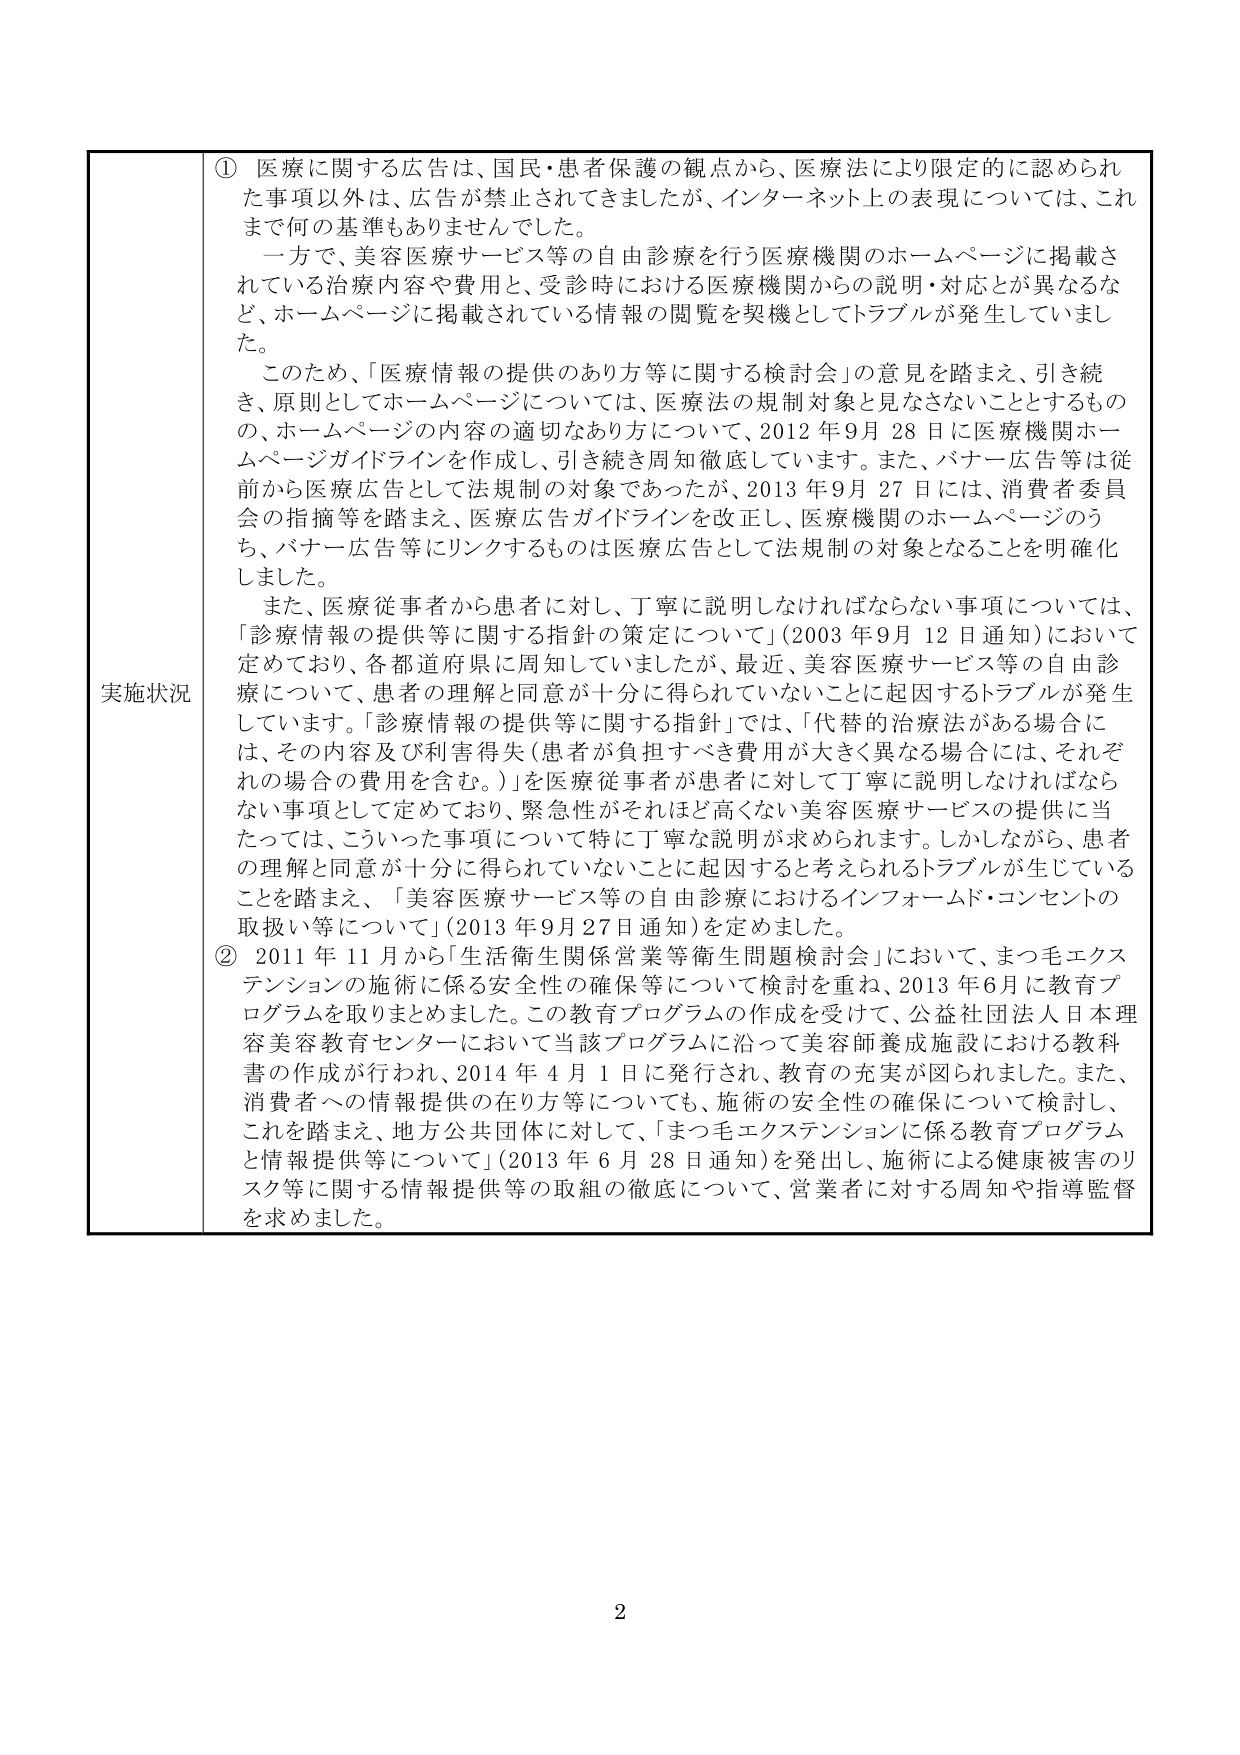
実施状況

① 医療に関する広告は、国民・患者保護の観点から、医療法により限定的に認められた事項以外は、広告が禁止されてきましたが、インターネット上の表現については、これまで何の基準もありませんでした。

一方で、美容医療サービス等の自由診療を行う医療機関のホームページに掲載されている治療内容や費用と、受診時における医療機関からの説明・対応が異なるなど、ホームページに掲載されている情報の閲覧を契機としてトラブルが発生していました。

このため、「医療情報の提供のあり方等に関する検討会」の意見を踏まえ、引き続き、原則としてホームページについては、医療法の規制対象と見なさないこととするものの、ホームページの内容の適切なあり方について、2012年9月28日に医療機関ホームページガイドラインを作成し、引き続き周知徹底しています。また、バナー広告等は従前から医療広告として法規制の対象であったが、2013年9月27日には、消費者委員会の指摘等を踏まえ、医療広告ガイドラインを改正し、医療機関のホームページのうち、バナー広告等にリンクするものは医療広告として法規制の対象となることを明確化しました。

また、医療従事者から患者に対し、丁寧に説明しなければならない事項については、「診療情報の提供等に関する指針の策定について」（2003年9月12日通知）において定めており、各都道府県に周知していましたが、最近、美容医療サービス等の自由診療について、患者の理解と同意が十分に得られていないことに起因するトラブルが発生しています。「診療情報の提供等に関する指針」では、「代替的治療法がある場合には、その内容及び利害得失（患者が負担すべき費用が大きく異なる場合には、それぞれの場合の費用を含む。）」を医療従事者が患者に対して丁寧に説明しなければならない事項として定めており、緊急性がそれほど高くない美容医療サービスの提供に当たっては、こういった事項について特に丁寧な説明が求められます。しかしながら、患者の理解と同意が十分に得られていないことに起因すると考えられるトラブルが生じていることを踏まえ、「美容医療サービス等の自由診療におけるインフォームド・コンセントの取扱い等について」（2013年9月27日通知）を定めました。

② 2011年11月から「生活衛生関係営業等衛生問題検討会」において、まつ毛エクステンションの施術に係る安全性の確保等について検討を重ね、2013年6月に教育プログラムを取りまとめました。この教育プログラムの作成を受けて、公益社団法人日本理容美容教育センターにおいて当該プログラムに沿って美容師養成施設における教科書の作成が行われ、2014年4月1日に発行され、教育の充実が図られました。また、消費者への情報提供の在り方等についても、施術の安全性の確保について検討し、これを踏まえ、地方公共団体に対して、「まつ毛エクステンションに係る教育プログラムと情報提供等について」（2013年6月28日通知）を発出し、施術による健康被害のリスク等に関する情報提供等の取組の徹底について、営業者に対する周知や指導監督を求めました。

2